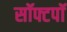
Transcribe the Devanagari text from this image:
सॉफ्टपॉ